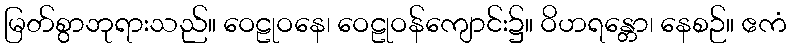
မြတ်စွာဘုရားသည်။ ဝေဠုဝနေ၊ ဝေဠုဝန်ကျောင်း၌။ ဝိဟရန္တော၊ နေစဉ်။ ဧကံ